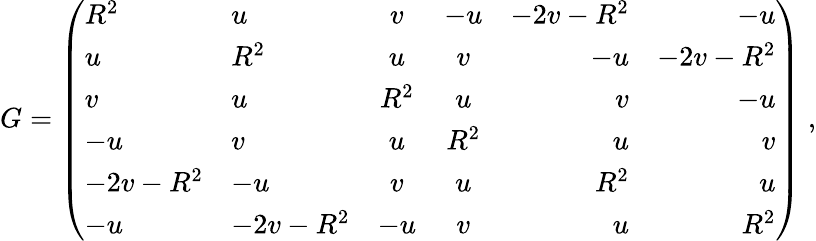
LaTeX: G=\left(\begin{array}{llccrr}{{R^{2}}}&{{u}}&{{v}}&{{-u}}&{{-2v-R^{2}}}&{{-u}}\\ {{u}}&{{R^{2}}}&{{u}}&{{v}}&{{-u}}&{{-2v-R^{2}}}\\ {{v}}&{{u}}&{{R^{2}}}&{{u}}&{{v}}&{{-u}}\\ {{-u}}&{{v}}&{{u}}&{{R^{2}}}&{{u}}&{{v}}\\ {{-2v-R^{2}}}&{{-u}}&{{v}}&{{u}}&{{R^{2}}}&{{u}}\\ {{-u}}&{{-2v-R^{2}}}&{{-u}}&{{v}}&{{u}}&{{R^{2}}}\end{array}\right)\; ,